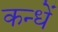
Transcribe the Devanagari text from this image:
कन्धें